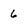
Character: 6